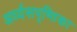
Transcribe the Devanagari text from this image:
अर्ध्यसपृष्ठिका